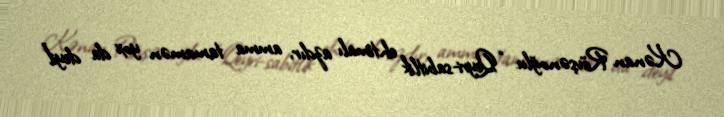
Kənan Rövşənoğlu: “Qeyri-sabitlik ehtimalı azdır, amma tamamən yox da deyil”